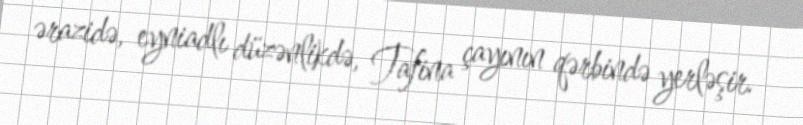
ərazidə, eyniadlı düzənlikdə, Tafina çayının qərbində yerləşir.